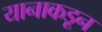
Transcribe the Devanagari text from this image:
यानाकडून